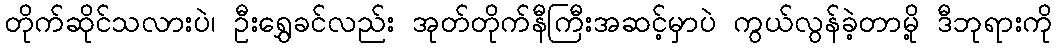
တိုက်ဆိုင်သလားပဲ၊ ဦးရွှေခင်လည်း အုတ်တိုက်နီကြီးအဆင့်မှာပဲ ကွယ်လွန်ခဲ့တာမို့ ဒီဘုရားကို